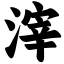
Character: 滓